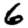
Digit: 6